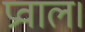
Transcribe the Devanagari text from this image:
प्रवाल।